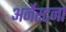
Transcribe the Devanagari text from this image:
अर्नेस्टना